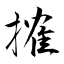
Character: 搉